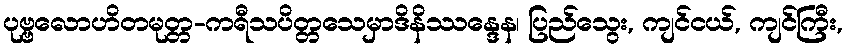
ပုဗ္ဗလောဟိတမုတ္တ-ကရီသပိတ္တသေမှာဒိနိဿန္ဒေန၊ ပြည်သွေး, ကျင်ငယ်, ကျင်ကြီး,